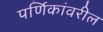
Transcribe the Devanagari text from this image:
पर्णिकांवरील